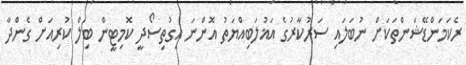
ރެކަމަންޑޭޝަންތަކަށް ނުބަލައި ސަރުކާރުގެ އަޣުލަބިއްޔަތު އޮންނަ އިގުތިސޯދީ ކޮމިޓީން ބިލް ކުރިއަށް ގެންދާ